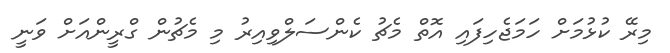
މިރޭ ކުޅުމަށް ހަމަޖެހިފައި އޮތް މެޗު ކެންސަލްވިއިރު މި މެޗުން ގްރީންއަށް ވަނީ